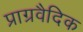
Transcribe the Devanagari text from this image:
प्राग्रवैदिक